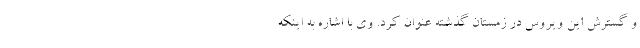
و گسترش این ویروس در زمستان گذشته عنوان کرد. وی با اشاره به اینکه